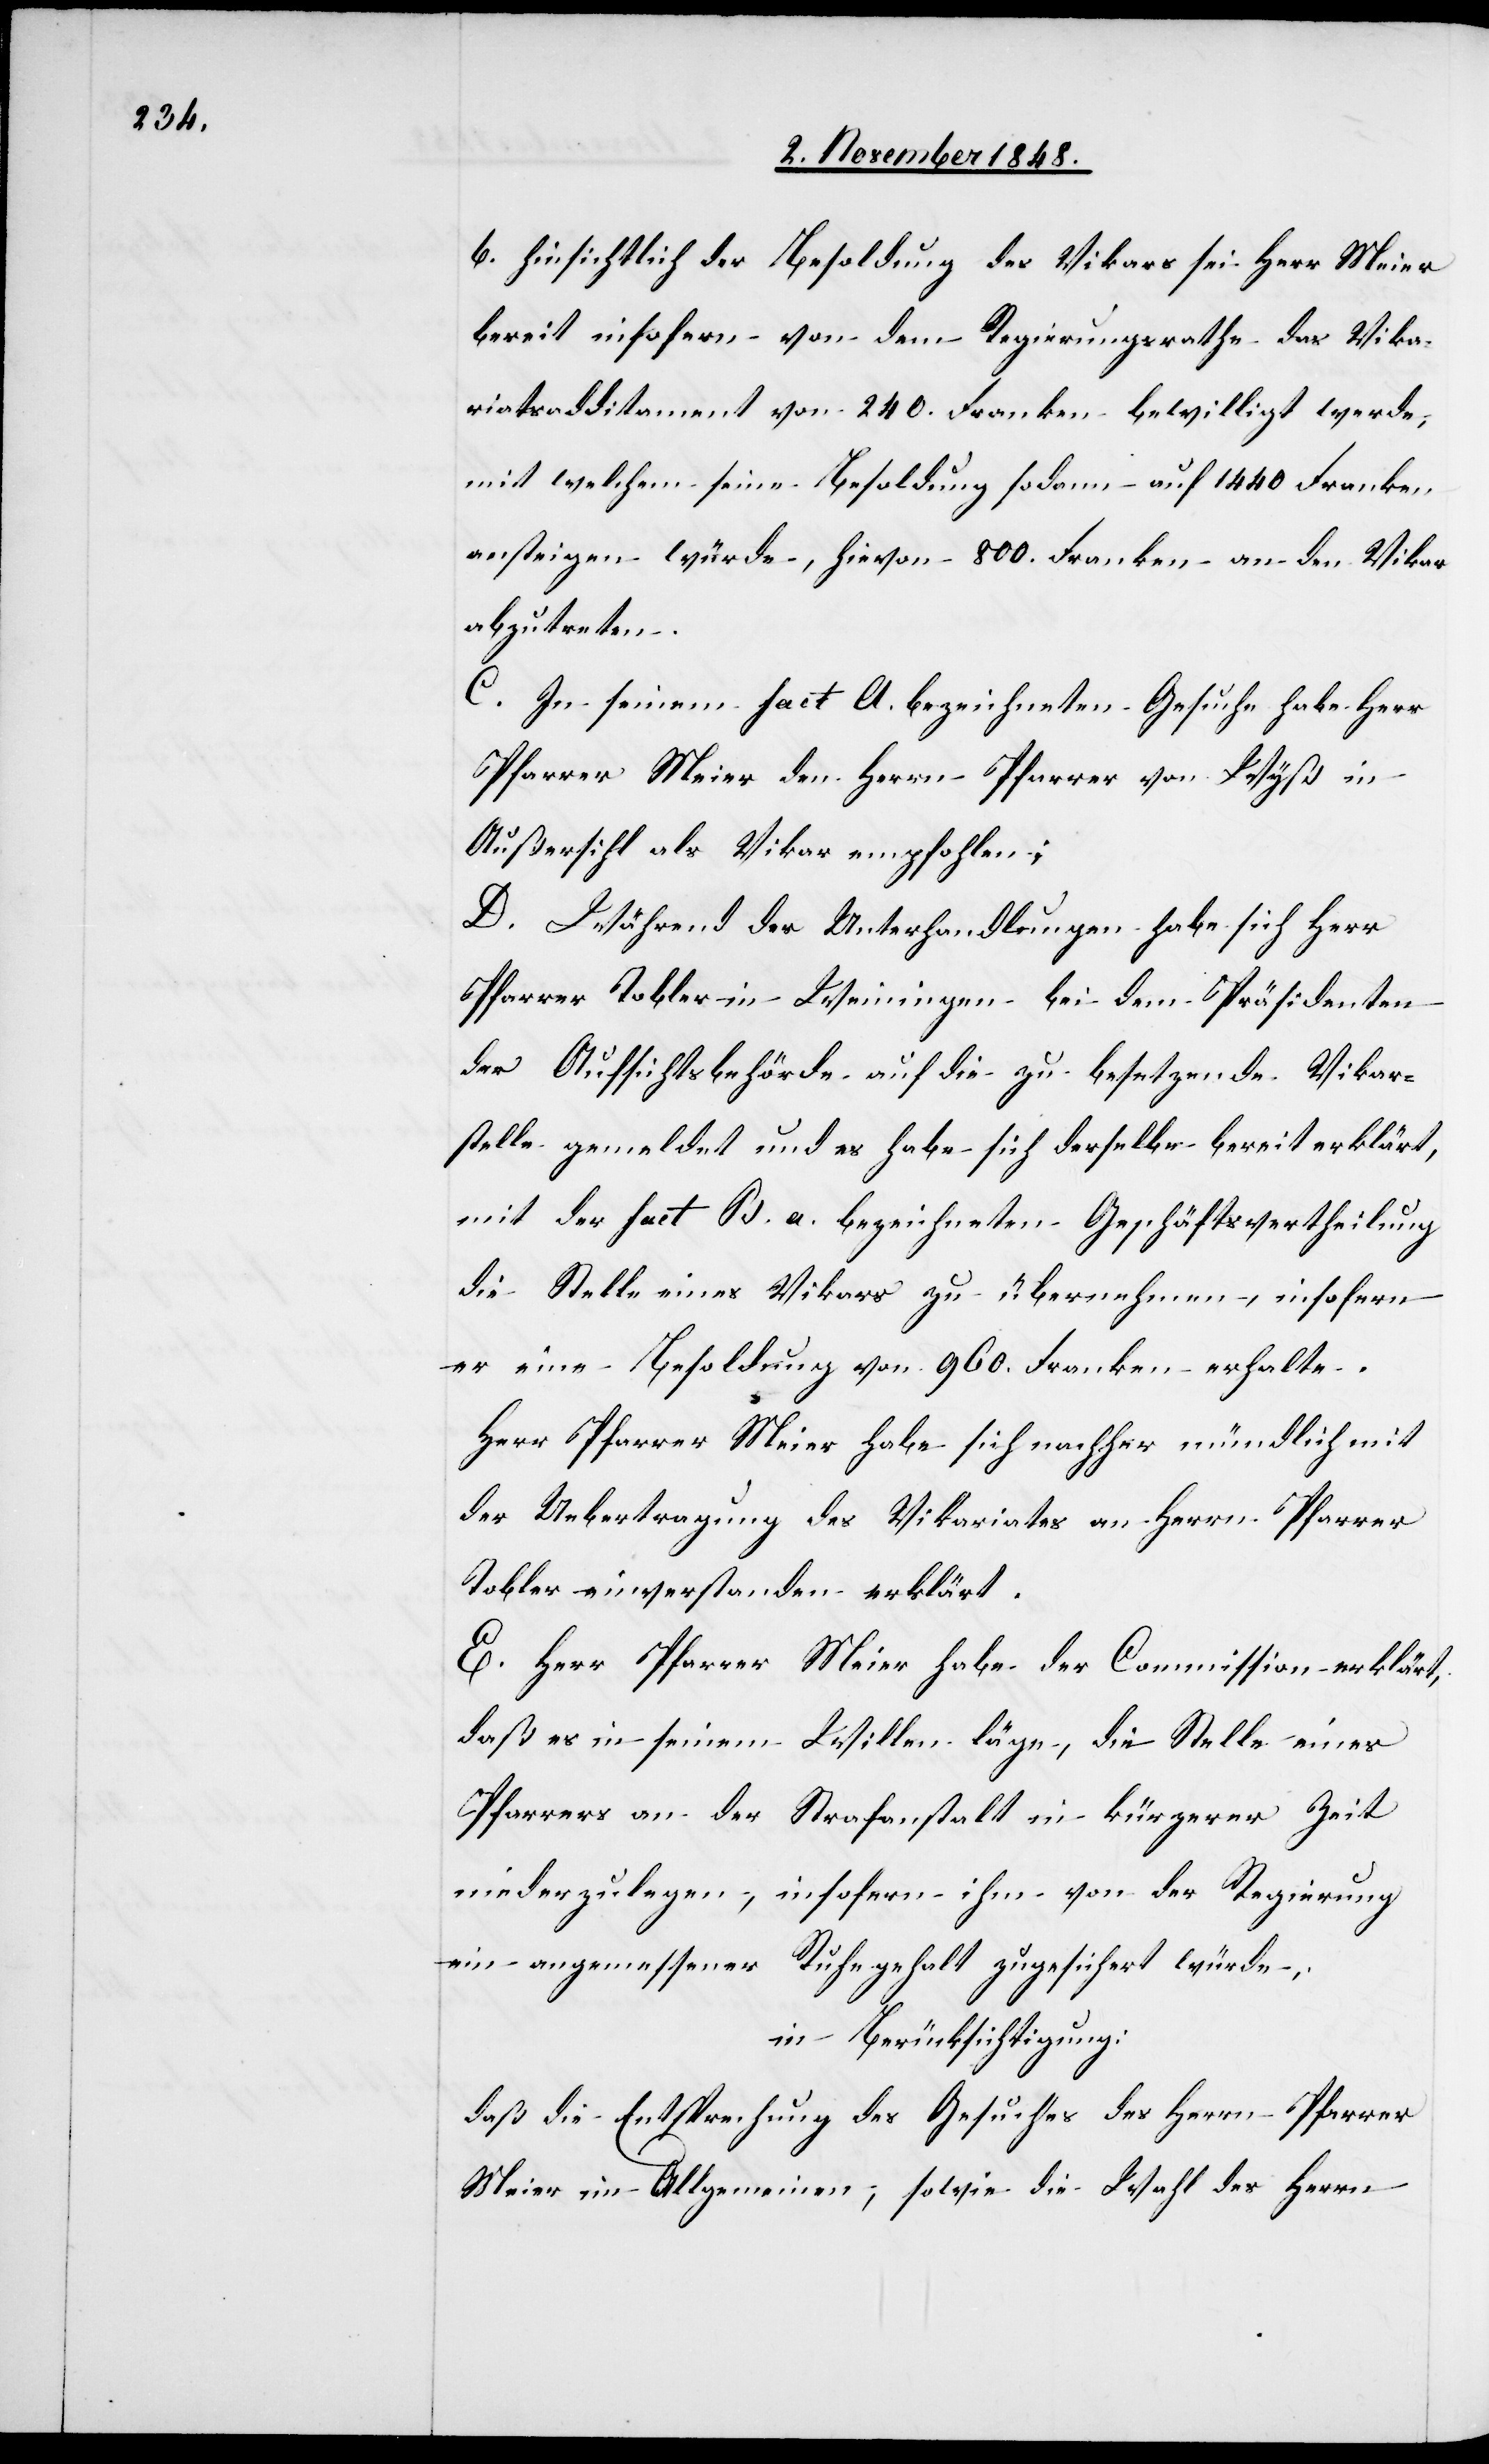
b. hinsichtlich der Besoldung des Vikars sei Herr Meier
bereit insofern von dem Regierungsrathe das Vika¬
riatsadditament von 240. Franken bewilligt werde,
mit welchem seine Besoldung sodann auf 1440. Franken
ansteigen würde, hievon 800. Franken an den Vikar
abzutreten.
C. In seinem fact A. bezeichneten Gesuche habe Herr
Pfarrer Meier den Herrn Pfarrer von Wyß in
Außersihl als Vikar empfohlen;
D. Während der Unterhandlungen habe sich Herr
Pfarrer Tobler in Weiningen bei dem Präsidenten
der Aufsichtsbehörde auf die zu besetzende Vikar¬
stelle gemeldet und es habe sich derselbe bereit erklärt,
mit der fact. B. a. bezeichneten Geschäftsvertheilung
die Stelle eines Vikars zu übernehmen, insofern
er eine Besoldung von 960. Franken erhalte.
Herr Pfarrer Meier habe sich nachher mündlich mit
der Ueberzeugung des Vikariates an Herrn Pfarrer
Tobler einverstanden erklärt.
E. Herr Pfarrer Meier habe der Commission erklärt,
daß es in seinem Willen läge, die Stelle eines
Pfarrers an der Strafanstalt in kürzerer Zeit
niederzulegen, insofern ihm von der Regierung
ein angemessener Ruhegehalt zugesichert würde;
in Berücksichtigung:
daß die Entsprechung des Gesuches des Herrn Pfarrer
Meier im Allgemeinen, sowie die Wahl des Herrn